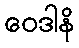
ဝေဒါနိ